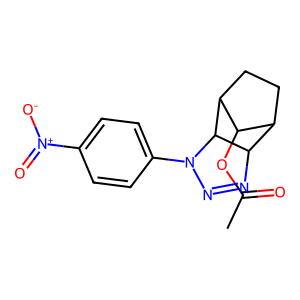
SMILES: CC(=O)OC1C2CCC1C1C2N=NN1c1ccc([N+](=O)[O-])cc1
Inhibits HIV replication: No